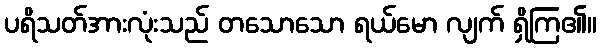
ပရိသတ်အားလုံးသည် တသောသော ရယ်မော လျက် ရှိကြ၏။